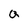
Character: Q